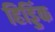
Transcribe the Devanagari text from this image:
हिड्डिंक